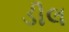
ડીલ